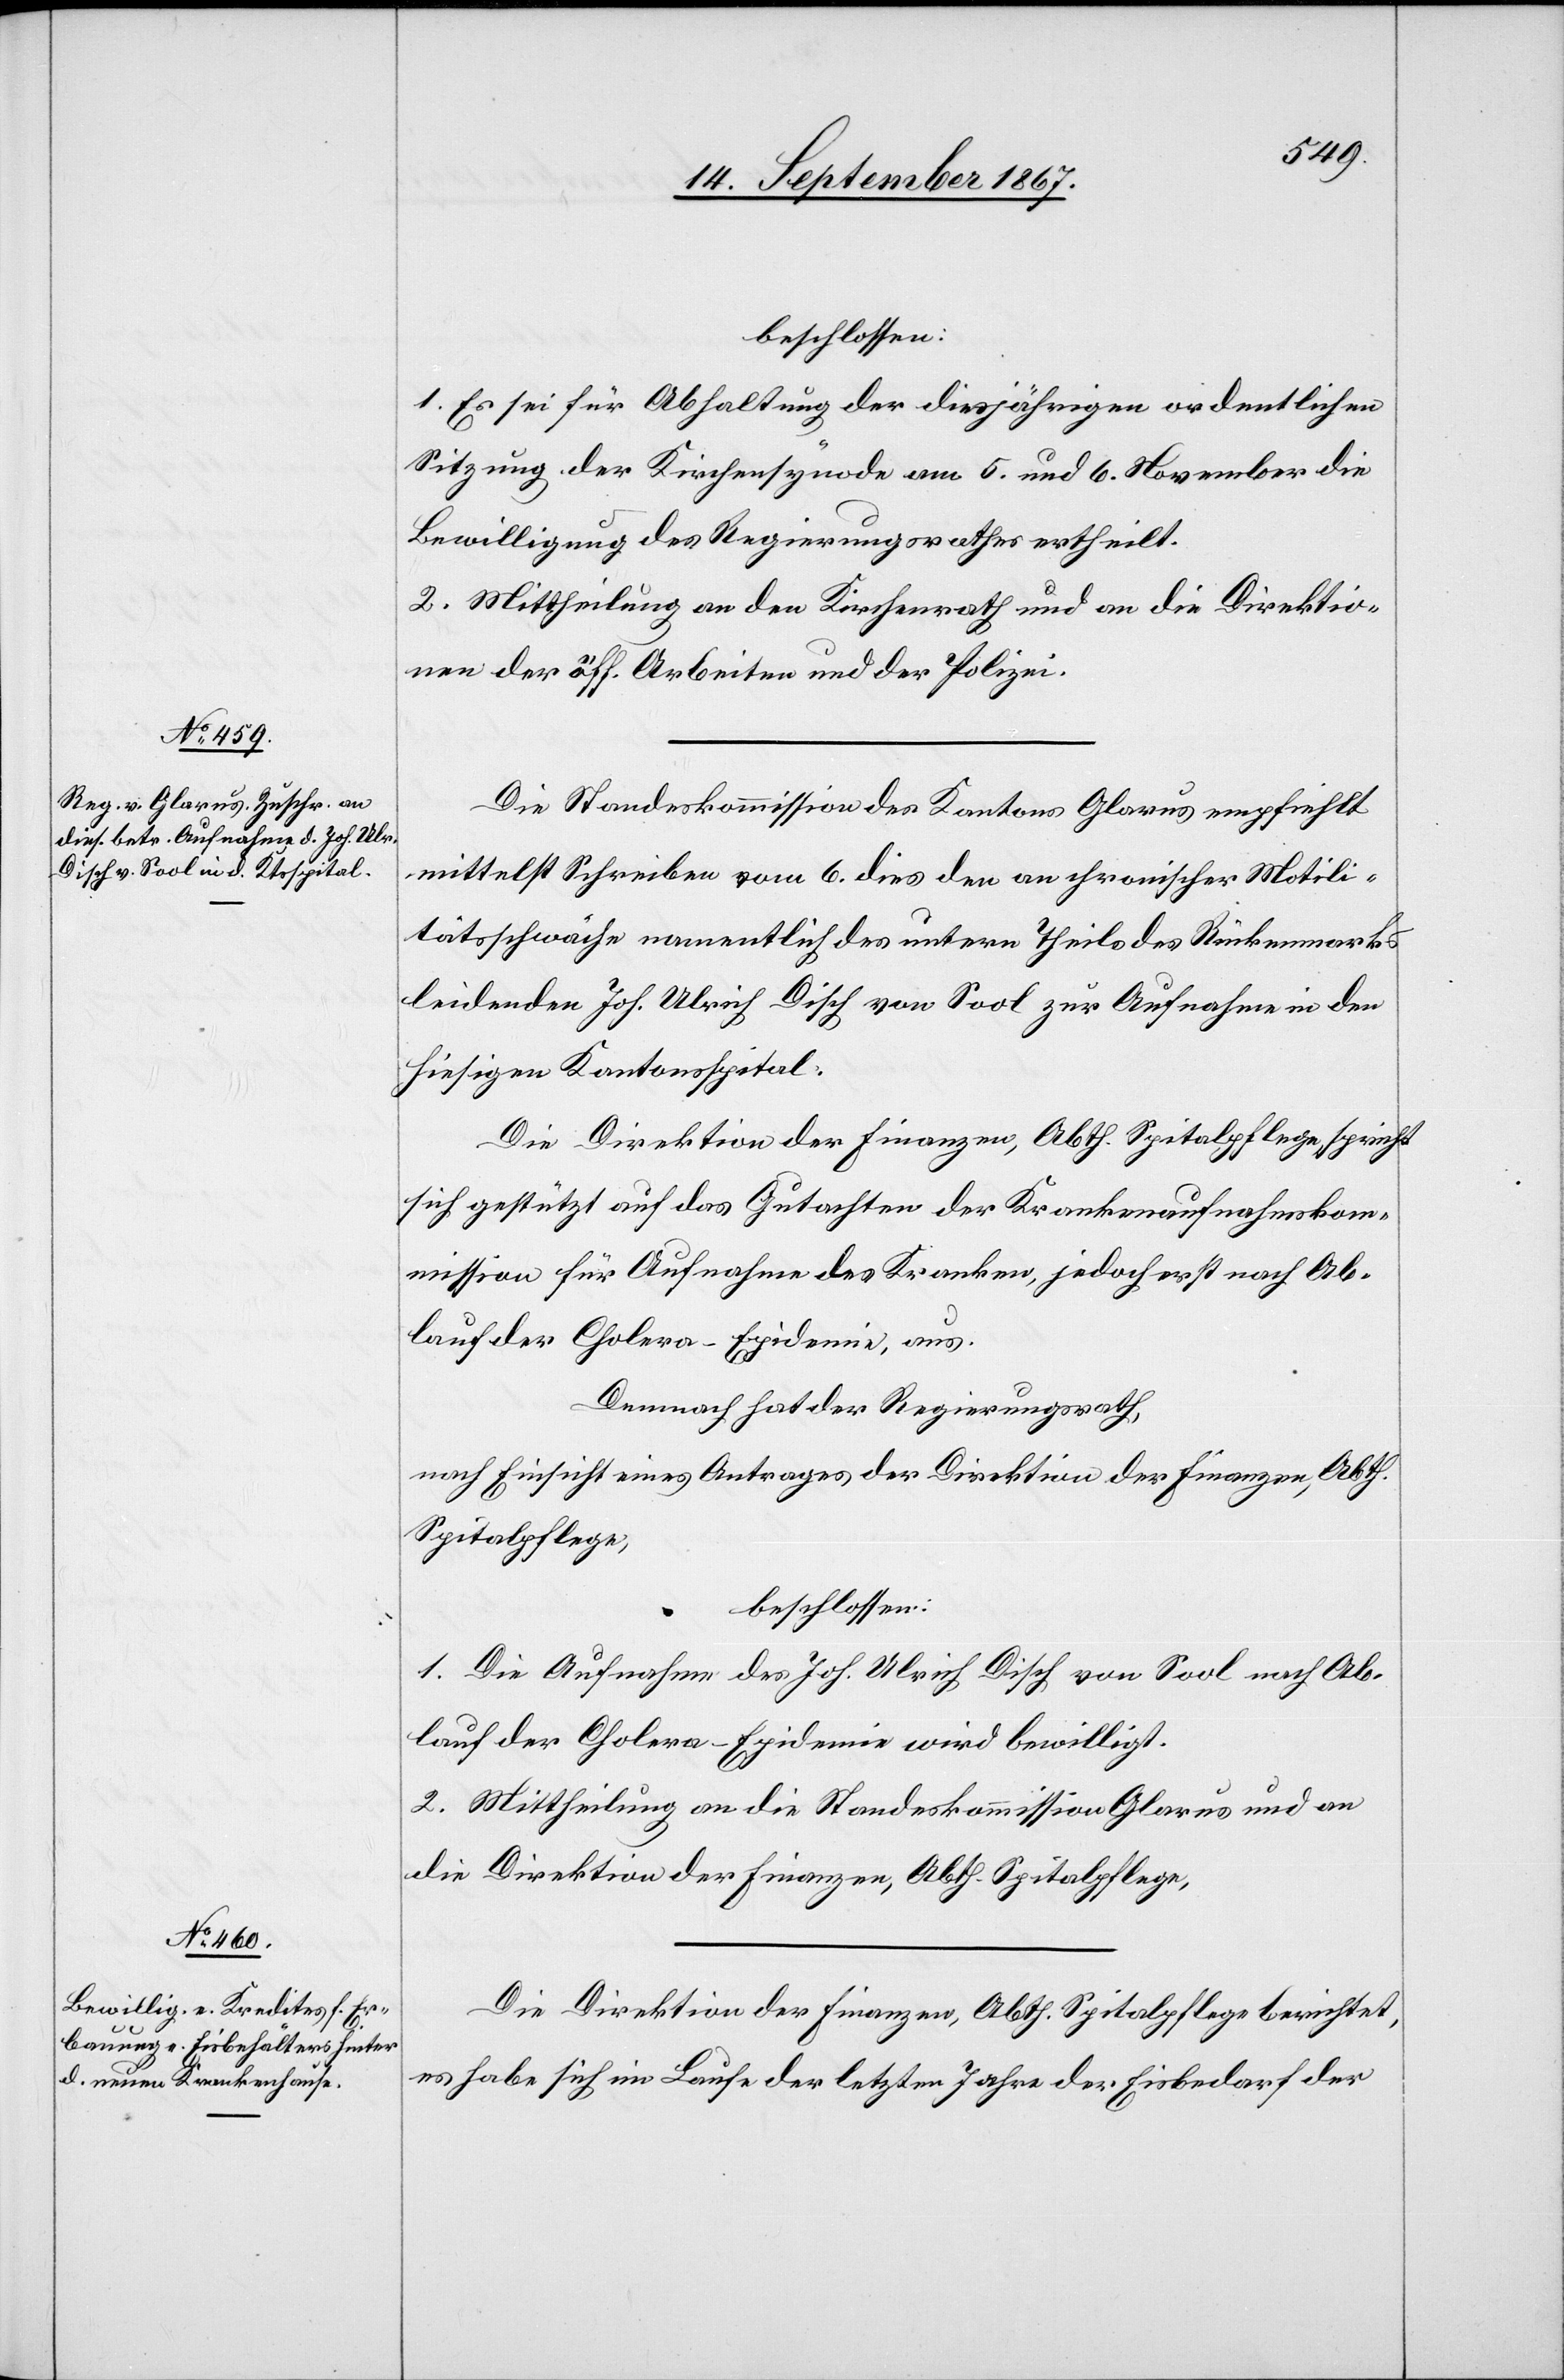
beschlossen:
1. Es sei für Abhaltung der diesjährigen ordentlichen
Sitzung der Kirchensynode am 5. und 6. November die
Bewilligung des Regierungsrathes ertheilt.
2. Mittheilung an den Kirchenrath und an die Direktio¬
nen der öff. Arbeiten und der Polizei.
Die Standeskommission des Kantons Glarus empfiehlt
mittelst Schreiben vom 6. dies den an chronischer Motili¬
tätsschwäche namentlich des untern Theils des Rückenmarks
leidenden Joh. Ulrich Disch von Sool zur Aufnahme in den
hiesigen Kantonsspital.
Die Direktion der Finanzen, Abth. Spitalpflege, spricht
sich gestützt auf das Gutachten der Krankenaufnahmskom¬
mission für Aufnahme des Kranken, jedoch erst nach Ab¬
lauf der Cholera-Epidemie, aus.
Demnach hat der Regierungsrath,
nach Einsicht eines Antrages der Direktion der Finanzen, Abth.
Spitalpflege,
beschlossen:
1. Die Aufnahme des Joh. Ulrich Disch von Sool nach Ab¬
lauf der Cholera-Epidemie wird bewilligt.
2. Mittheilung an die Standeskommission Glarus und an
die Direktion der Finanzen, Abth. Spitalpflege.
Die Direktion der Finanzen, Abth. Spitalpflege berichtet,
es habe sich im Laufe der letzten Jahre der Eisbedarf der